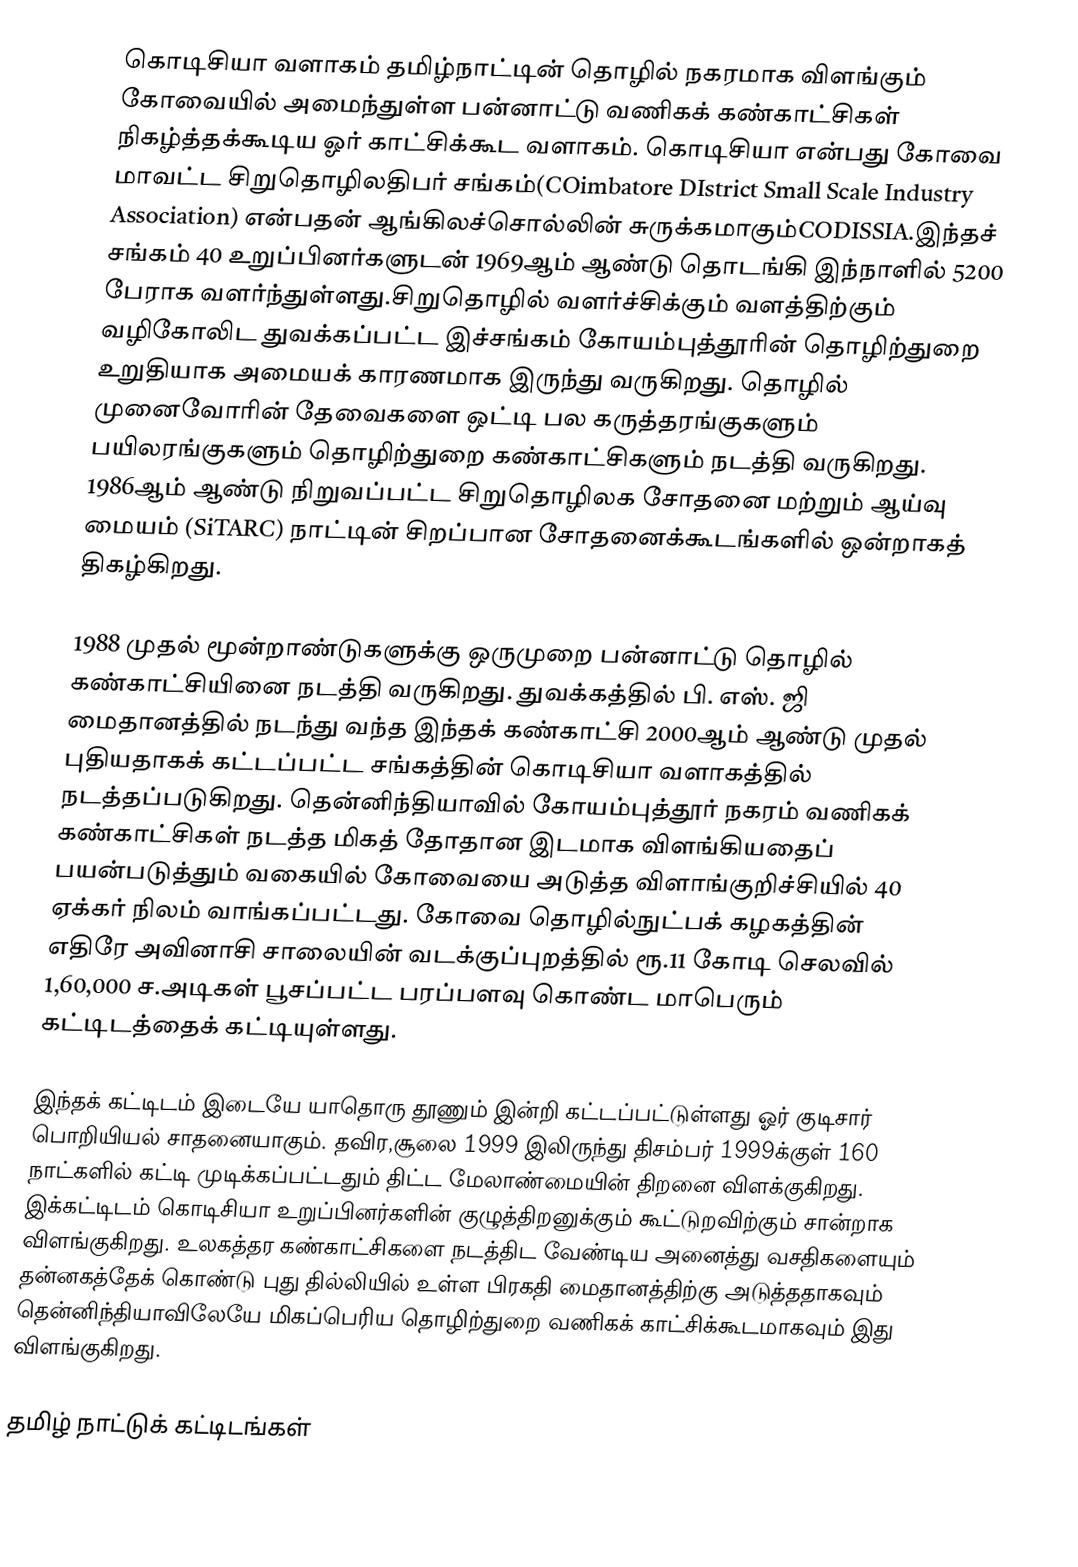
கொடிசியா வளாகம் தமிழ்நாட்டின் தொழில் நகரமாக விளங்கும் கோவையில் அமைந்துள்ள பன்னாட்டு வணிகக் கண்காட்சிகள் நிகழ்த்தக்கூடிய ஓர் காட்சிக்கூட வளாகம். கொடிசியா என்பது கோவை மாவட்ட சிறுதொழிலதிபர் சங்கம்(COimbatore DIstrict Small Scale Industry Association) என்பதன் ஆங்கிலச்சொல்லின் சுருக்கமாகும்CODISSIA.இந்தச் சங்கம் 40 உறுப்பினர்களுடன் 1969ஆம் ஆண்டு தொடங்கி இந்நாளில் 5200 பேராக வளர்ந்துள்ளது.சிறுதொழில் வளர்ச்சிக்கும் வளத்திற்கும் வழிகோலிட துவக்கப்பட்ட இச்சங்கம் கோயம்புத்தூரின் தொழிற்துறை உறுதியாக அமையக் காரணமாக இருந்து வருகிறது. தொழில் முனைவோரின் தேவைகளை ஒட்டி பல கருத்தரங்குகளும் பயிலரங்குகளும் தொழிற்துறை கண்காட்சிகளும் நடத்தி வருகிறது. 1986ஆம் ஆண்டு நிறுவப்பட்ட சிறுதொழிலக சோதனை மற்றும் ஆய்வு மையம் (SiTARC) நாட்டின் சிறப்பான சோதனைக்கூடங்களில் ஒன்றாகத் திகழ்கிறது.

1988 முதல் மூன்றாண்டுகளுக்கு ஒருமுறை பன்னாட்டு தொழில் கண்காட்சியினை நடத்தி வருகிறது. துவக்கத்தில் பி. எஸ். ஜி மைதானத்தில் நடந்து வந்த இந்தக் கண்காட்சி 2000ஆம் ஆண்டு முதல் புதியதாகக் கட்டப்பட்ட சங்கத்தின் கொடிசியா வளாகத்தில் நடத்தப்படுகிறது. தென்னிந்தியாவில் கோயம்புத்தூர் நகரம் வணிகக் கண்காட்சிகள் நடத்த மிகத் தோதான இடமாக விளங்கியதைப் பயன்படுத்தும் வகையில் கோவையை அடுத்த விளாங்குறிச்சியில் 40 ஏக்கர் நிலம் வாங்கப்பட்டது. கோவை தொழில்நுட்பக் கழகத்தின் எதிரே அவினாசி சாலையின் வடக்குப்புறத்தில் ரூ.11 கோடி செலவில் 1,60,000 ச.அடிகள் பூசப்பட்ட பரப்பளவு கொண்ட மாபெரும் கட்டிடத்தைக் கட்டியுள்ளது.

இந்தக் கட்டிடம் இடையே யாதொரு தூணும் இன்றி கட்டப்பட்டுள்ளது ஓர் குடிசார் பொறியியல் சாதனையாகும். தவிர,சூலை 1999 இலிருந்து திசம்பர் 1999க்குள் 160 நாட்களில் கட்டி முடிக்கப்பட்டதும் திட்ட மேலாண்மையின் திறனை விளக்குகிறது. இக்கட்டிடம் கொடிசியா உறுப்பினர்களின் குழுத்திறனுக்கும் கூட்டுறவிற்கும் சான்றாக விளங்குகிறது. உலகத்தர கண்காட்சிகளை நடத்திட வேண்டிய அனைத்து வசதிகளையும் தன்னகத்தேக் கொண்டு புது தில்லியில் உள்ள பிரகதி மைதானத்திற்கு அடுத்ததாகவும் தென்னிந்தியாவிலேயே மிகப்பெரிய தொழிற்துறை வணிகக் காட்சிக்கூடமாகவும் இது விளங்குகிறது.

தமிழ் நாட்டுக் கட்டிடங்கள்